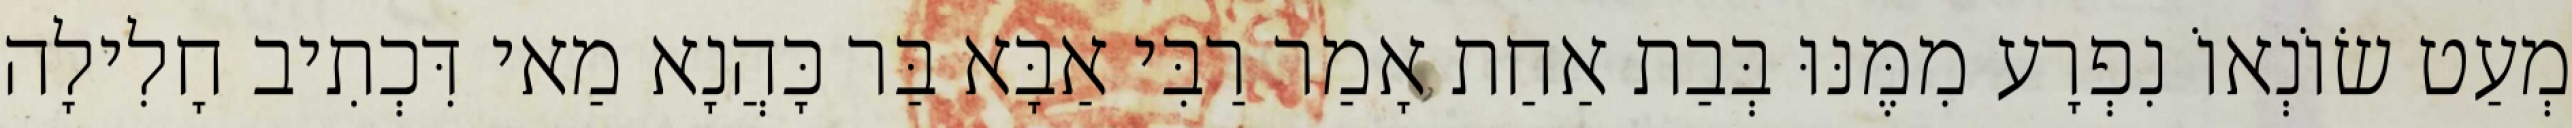
מְעַט שׂוֹנְאוֹ נִפְרָע מִמֶּנּוּ בְּבַת אַחַת אָמַר רַבִּי אַבָּא בַּר כָּהֲנָא מַאי דִּכְתִיב חָלִילָה